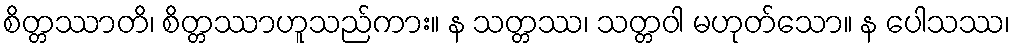
စိတ္တဿာတိ၊ စိတ္တဿာဟူသည်ကား။ န သတ္တဿ၊ သတ္တဝါ မဟုတ်သော။ န ပေါသဿ၊